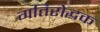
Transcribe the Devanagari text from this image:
गतिरोद्धक